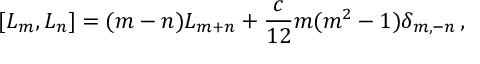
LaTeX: [ L _ { m } , L _ { n } ] = ( m - n ) L _ { m + n } + { \frac { c } { 1 2 } } m ( m ^ { 2 } - 1 ) \delta _ { m , - n } \, ,